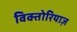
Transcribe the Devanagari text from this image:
विक्तोरियाज़